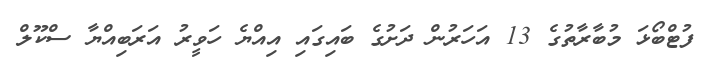
ފުޓްބޯޅަ މުބާރާތުގެ 13 އަހަރުން ދަށުގެ ބައިގައި އިއްޔެ ހަވީރު އަރަބިއްޔާ ސްކޫލް